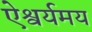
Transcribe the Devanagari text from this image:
ऐश्वर्यमय